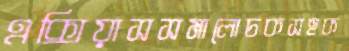
এক্সিয়াসসমালোচকসহক